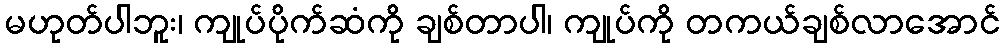
မဟုတ်ပါဘူး၊ ကျုပ်ပိုက်ဆံကို ချစ်တာပါ၊ ကျုပ်ကို တကယ်ချစ်လာအောင်